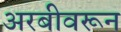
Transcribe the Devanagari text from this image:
अरबीवरून